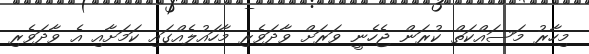
މިހާރު މަސައްކަތް ކުރަން ޖެހެނީ ވަރަށް ވާދަވެރި މާހައުލެއްގައި ކަމަށާއި އެ ވާދަވެރި